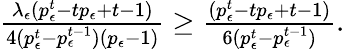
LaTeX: \begin{array}{r}{\frac{\lambda_{\epsilon}(p_{\epsilon}^{t}-tp_{\epsilon}+t-1)}{4(p_{\epsilon}^{t}-p_{\epsilon}^{t-1})(p_{\epsilon}-1)}\geq\frac{(p_{\epsilon}^{t}-tp_{\epsilon}+t-1)}{6(p_{\epsilon}^{t}-p_{\epsilon}^{t-1})}.}\end{array}